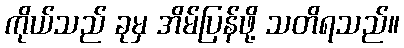
ကိုယ်သည် ခုမှ အိမ်ပြန်ဖို့ သတိရသည်။